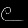
Digit: ၉